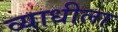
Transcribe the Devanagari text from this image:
व्याधीला